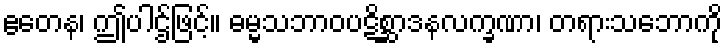
ဧတေန၊ ဤပါဌ်ဖြင့်။ ဓမ္မသဘာဝပဋိစ္ဆာဒနလက္ခဏာ၊ တရားသဘောကို